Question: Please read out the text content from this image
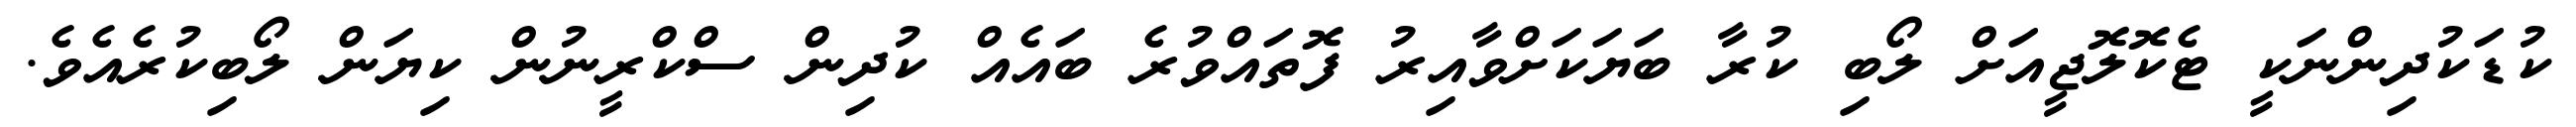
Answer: ކުޑަކުދިންނަކީ ޓެކޮލޮޖީއަށް ލޯބި ކުރާ ބަޔަކަށްވާއިރު ފޮތައްވުރެ ބައެއް ކުދިން ސްކްރީނުން ކިޔަން ލޯބިކުރެއެވެ.